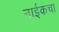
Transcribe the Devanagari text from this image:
नाईकचा